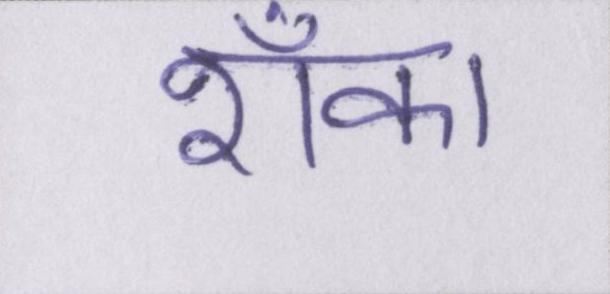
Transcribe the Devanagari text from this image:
शँका